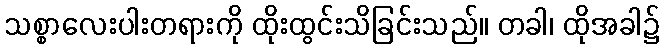
သစ္စာလေးပါးတရားကို ထိုးထွင်းသိခြင်းသည်။ တခါ၊ ထိုအခါ၌